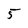
Character: 5